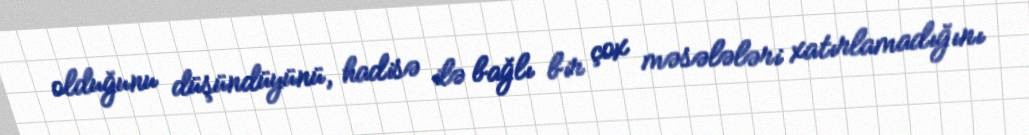
olduğunu düşündüyünü, hadisə ilə bağlı bir çox məsələləri xatırlamadığını